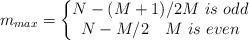
LaTeX: \begin{align*}{{m}_{max}}=\left\{ \begin{matrix} N-(M+1)/2M\ is\ odd \\ N-M/2\ \ \ M\ is\ even \\\end{matrix} \right.\end{align*}